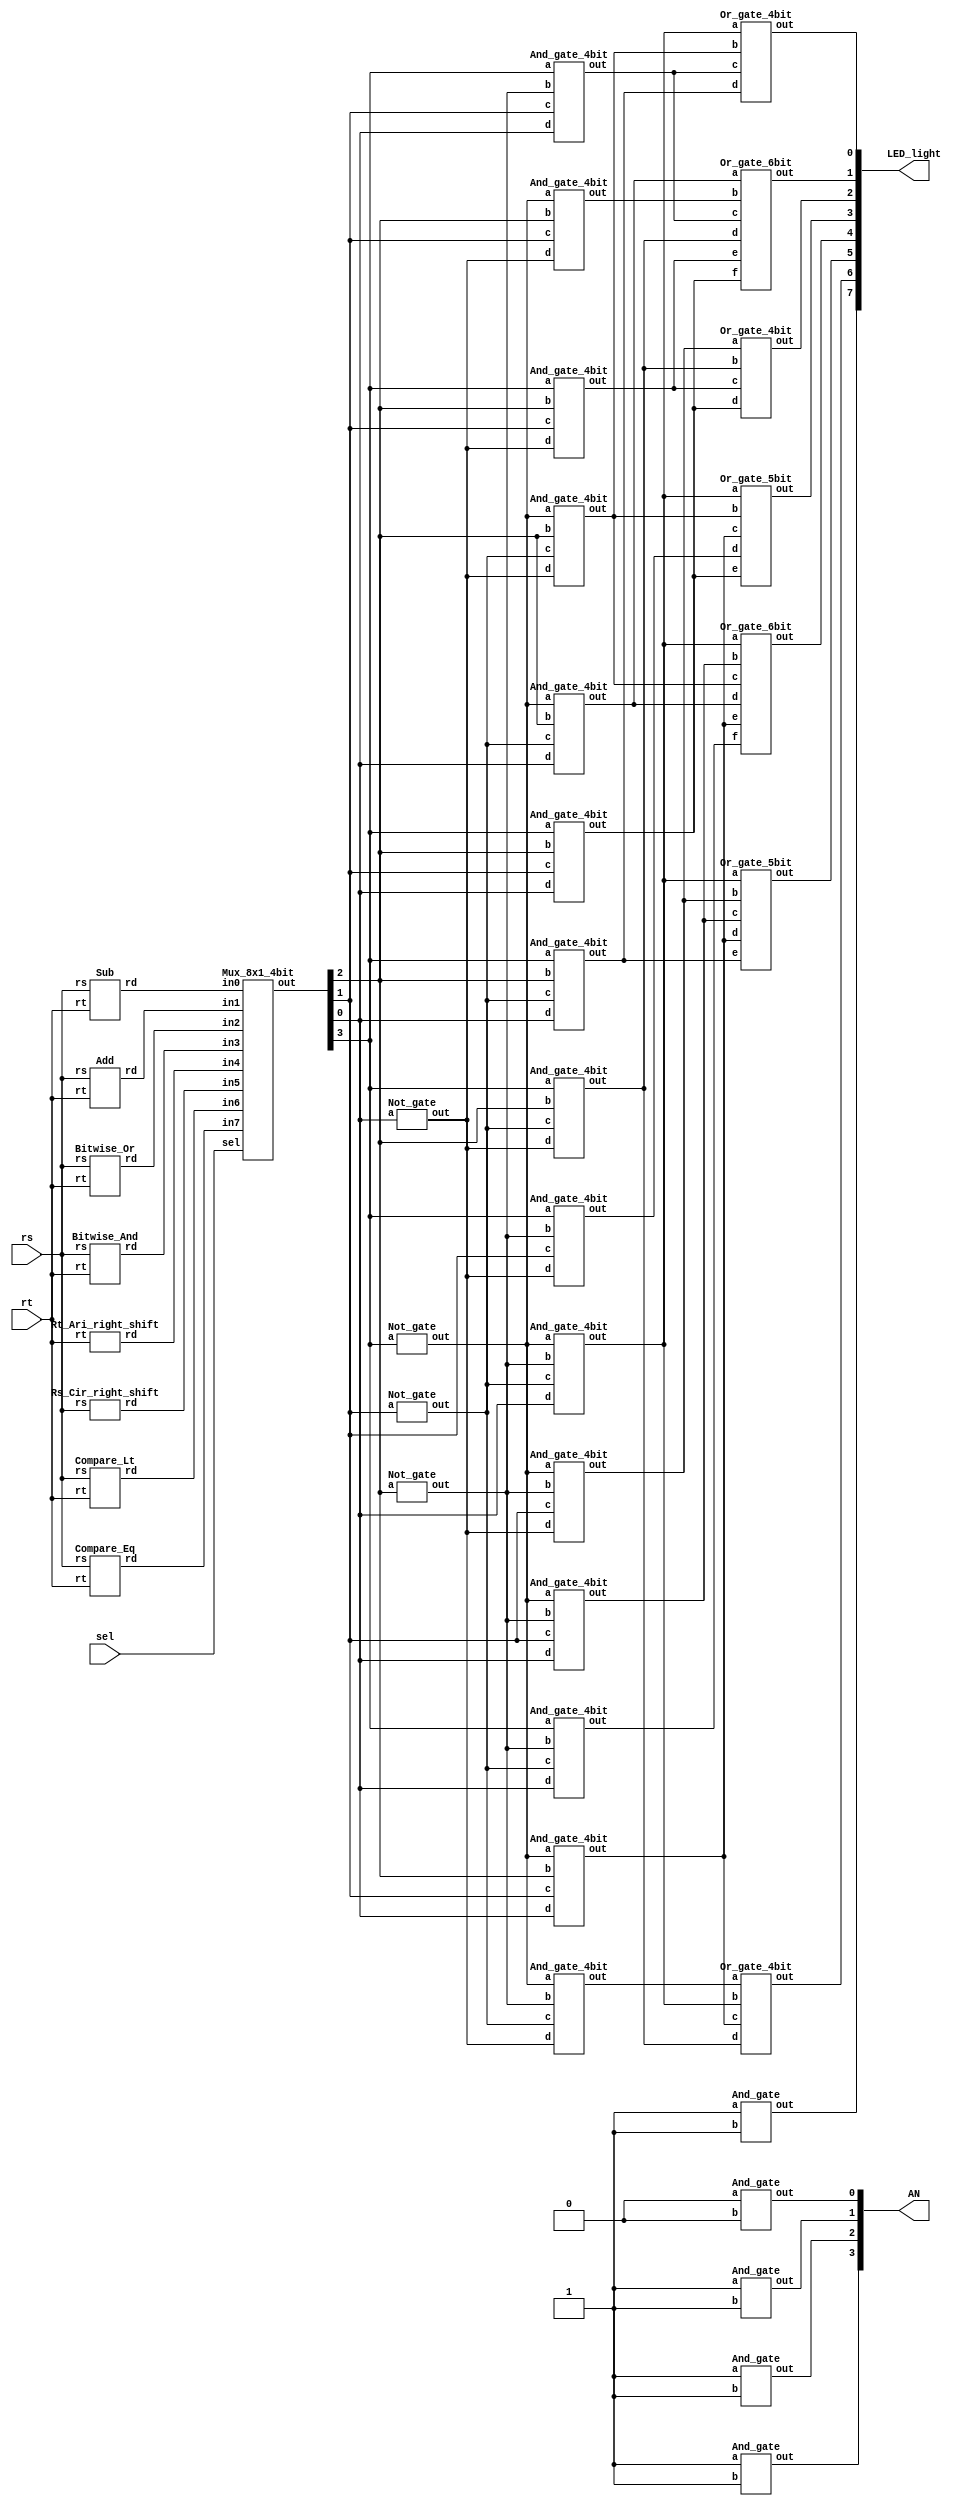
`timescale 1ns/1ps

module Decode_And_Execute(rs, rt, sel, AN, LED_light);
input [4-1:0] rs, rt;
input [3-1:0] sel;
output [8-1:0] LED_light;
output [4-1:0] AN;
wire [4-1:0] rd, n_rd;
wire rd0, rd1, rd2, rd3, rd4, rd5, rd6, rd7;
wire rd8, rd9, rd10, rd11, rd12, rd13, rd14, rd15;
wire [4-1:0] func0, func1, func2, func3;
wire [4-1:0] func4, func5, func6, func7;
//for function
Sub f0(rs, rt, func0);
Add f1(rs, rt, func1);
Bitwise_Or f2(rs, rt, func2);
Bitwise_And f3(rs, rt, func3);
Rt_Ari_right_shift f4(rt, func4);
Rs_Cir_right_shift f5(rs, func5);
Compare_Lt f6(rs, rt, func6);
Compare_Eq f7(rs, rt, func7);

Mux_8x1_4bit m0(func0, func1, func2, func3, func4, func5, func6, func7, sel, rd);
//for FPGA
//AN 0-->light up
And_gate a0(AN[0], 1'b0, 1'b0);
And_gate a1(AN[1], 1'b1, 1'b1);
And_gate a2(AN[2], 1'b1, 1'b1);
And_gate a3(AN[3], 1'b1, 1'b1);
//use rd as 4 bit selecter
Not_gate n0(n_rd[0], rd[0]);
Not_gate n1(n_rd[1], rd[1]);
Not_gate n2(n_rd[2], rd[2]);
Not_gate n3(n_rd[3], rd[3]);
And_gate_4bit a4(rd0, n_rd[3], n_rd[2], n_rd[1], n_rd[0]);//0000
And_gate_4bit a5(rd1, n_rd[3], n_rd[2], n_rd[1], rd[0]);  //0001
And_gate_4bit a6(rd2, n_rd[3], n_rd[2], rd[1], n_rd[0]);  //0010
And_gate_4bit a7(rd3, n_rd[3], n_rd[2], rd[1], rd[0]);    //0011
And_gate_4bit a8(rd4, n_rd[3], rd[2], n_rd[1], n_rd[0]);  //0100
And_gate_4bit a9(rd5, n_rd[3], rd[2], n_rd[1], rd[0]);    //0101
And_gate_4bit a10(rd6, n_rd[3], rd[2], rd[1], n_rd[0]);    //0110
And_gate_4bit a11(rd7, n_rd[3], rd[2], rd[1], rd[0]);      //0111
And_gate_4bit a12(rd8, rd[3], n_rd[2], n_rd[1], n_rd[0]);  //1000
And_gate_4bit a13(rd9, rd[3], n_rd[2], n_rd[1], rd[0]);    //1001
And_gate_4bit a14(rd10, rd[3], n_rd[2], rd[1], n_rd[0]);    //1010
And_gate_4bit a15(rd11, rd[3], n_rd[2], rd[1], rd[0]);      //1011
And_gate_4bit a16(rd12, rd[3], rd[2], n_rd[1], n_rd[0]);    //1100
And_gate_4bit a17(rd13, rd[3], rd[2], n_rd[1], rd[0]);      //1101
And_gate_4bit a18(rd14, rd[3], rd[2], rd[1], n_rd[0]);      //1110
And_gate_4bit a19(rd15, rd[3], rd[2], rd[1], rd[0]);        //1111
//LED light[0] == CA
Or_gate_4bit o0(LED_light[0], rd1, rd4, rd11, rd13);
Or_gate_6bit o1(LED_light[1], rd5, rd6, rd11, rd12, rd14, rd15);
Or_gate_4bit o2(LED_light[2], rd2, rd12, rd14, rd15);
Or_gate_5bit o3(LED_light[3], rd1, rd4, rd7, rd10, rd15);
Or_gate_6bit o4(LED_light[4], rd1, rd3, rd4, rd5, rd7, rd9);
Or_gate_5bit o5(LED_light[5], rd1, rd2, rd3, rd7, rd13);
Or_gate_4bit o6(LED_light[6], rd0, rd1, rd7, rd12);
And_gate a20(LED_light[7], 1'b1, 1'b1);
endmodule

module Sub(rs, rt, rd);
input [4-1:0] rs, rt;
output [4-1:0] rd;
wire [4-1:0] rt_comp;
wire [4-1:0] cout;
Twos_complement c0(rt, rt_comp);
Full_Adder fa0(rs[0], rt_comp[0], 1'b1, cout[0], rd[0]);
Full_Adder fa1(rs[1], rt_comp[1], cout[0], cout[1], rd[1]);
Full_Adder fa2(rs[2], rt_comp[2], cout[1], cout[2], rd[2]);
Full_Adder fa3(rs[3], rt_comp[3], cout[2], cout[3], rd[3]);
endmodule

module Add(rs, rt, rd);
input [4-1:0] rs, rt;
output [4-1:0] rd;
wire [3:0] cout;
Full_Adder fa0(rs[0], rt[0], 1'b0   , cout[0], rd[0]);
Full_Adder fa1(rs[1], rt[1], cout[0], cout[1], rd[1]);
Full_Adder fa2(rs[2], rt[2], cout[1], cout[2], rd[2]);
Full_Adder fa3(rs[3], rt[3], cout[2], cout[3], rd[3]);
endmodule

module Bitwise_Or(rs, rt, rd);
input [4-1:0] rs, rt;
output [4-1:0] rd;
Or_gate o0(rd[0], rs[0], rt[0]);
Or_gate o1(rd[1], rs[1], rt[1]);
Or_gate o2(rd[2], rs[2], rt[2]);
Or_gate o3(rd[3], rs[3], rt[3]);
endmodule

module Bitwise_And(rs, rt, rd);
input [4-1:0] rs, rt;
output [4-1:0] rd;
And_gate a0(rd[0], rs[0], rt[0]);
And_gate a1(rd[1], rs[1], rt[1]);
And_gate a2(rd[2], rs[2], rt[2]);
And_gate a3(rd[3], rs[3], rt[3]);
endmodule

module Rt_Ari_right_shift(rt, rd);
input [4-1:0] rt;
output [4-1:0] rd;
//rd = {rt[3], rt[3:1]}
And_gate a0(rd[0], rt[1], rt[1]);
And_gate a1(rd[1], rt[2], rt[2]);
And_gate a2(rd[2], rt[3], rt[3]);
And_gate a3(rd[3], rt[3], rt[3]);
endmodule

module Rs_Cir_right_shift(rs, rd);
input [4-1:0] rs;
output [4-1:0] rd;
//rs = {rs[2:0], rs[3]}
And_gate a0(rd[0], rs[3], rs[3]);
And_gate a1(rd[1], rs[0], rs[0]);
And_gate a2(rd[2], rs[1], rs[1]);
And_gate a3(rd[3], rs[2], rs[2]);
endmodule

module Compare_Lt(rs, rt, rd);
input [4-1:0] rs, rt;
output [4-1:0] rd;
wire [4-1:0] x;
wire [4-1:0] n_rs, temp; 
//rd = {3'b101, rs < rt}
And_gate a1(rd[1], 1'b1, 1'b1);
And_gate a2(rd[2], 1'b0, 1'b0);
And_gate a3(rd[3], 1'b1, 1'b1);
//x[3:0]
Xnor_gate x0(x[0], rs[0], rt[0]);
Xnor_gate x1(x[1], rs[1], rt[1]);
Xnor_gate x2(x[2], rs[2], rt[2]);
Xnor_gate x3(x[3], rs[3], rt[3]);
//n_rs[3:0]
Not_gate n0(n_rs[0], rs[0]);
Not_gate n1(n_rs[1], rs[1]);
Not_gate n2(n_rs[2], rs[2]);
Not_gate n3(n_rs[3], rs[3]);
//temp0 = x3x2x1a0'b0
And_gate_5bit a4(temp0, x[3], x[2], x[1], n_rs[0], rt[0]);
//temp1 = x3x2a1'b1
And_gate_4bit a5(temp1, x[3], x[2], n_rs[1], rt[1]);
//temp2 = x3a2'b2
And_gate_3bit a6(temp2, x[3], n_rs[2], rt[2]);
//temp3 = a3'b3
And_gate a7(temp3, n_rs[3], rt[3]);
//x3x2x1a0'b0 + x3x2a1'b1 + x3a2'b2 + a3'b3
Or_gate_4bit o0(rd[0], temp0, temp1, temp2, temp3);
endmodule

module Compare_Eq(rs, rt, rd);
input [4-1:0] rs, rt;
output [4-1:0] rd;
wire [4-1:0] x;
//rd = {3'b111, rs = rt}
And_gate a1(rd[1], 1'b1, 1'b1);
And_gate a2(rd[2], 1'b1, 1'b1);
And_gate a3(rd[3], 1'b1, 1'b1);

//rs = rt
//xi = aibi + ai'bi'
//a = b iff x3x2x1x0 = 1

//x0
Xnor_gate x0(x[0], rs[0], rt[0]);
//x1
Xnor_gate x1(x[1], rs[1], rt[1]);
//x2
Xnor_gate x2(x[2], rs[2], rt[2]);
//x3
Xnor_gate x3(x[3], rs[3], rt[3]);
//x3x2x1x0
And_gate_4bit a0(rd[0], x[0], x[1], x[2], x[3]);

endmodule

module Mux_8x1_4bit(in0, in1, in2, in3, in4, in5, in6, in7, sel, out);
input [4-1:0] in0, in1, in2, in3, in4, in5, in6, in7;
input [3-1:0] sel;
output [4-1:0] out;
wire n_sel0, n_sel1, n_sel2;
wire [8-1:0] op;
wire [4-1:0] temp0, temp1, temp2, temp3, temp4, temp5, temp6, temp7;
//for op_code
Not_gate n0(n_sel0, sel[0]);
Not_gate n1(n_sel1, sel[1]);
Not_gate n2(n_sel2, sel[2]);
And_gate_3bit a0(op[0], n_sel2, n_sel1, n_sel0);//000
And_gate_3bit a1(op[1], n_sel2, n_sel1, sel[0]);//001
And_gate_3bit a2(op[2], n_sel2, sel[1], n_sel0);//010
And_gate_3bit a3(op[3], n_sel2, sel[1], sel[0]);//011
And_gate_3bit a4(op[4], sel[2], n_sel1, n_sel0);//100
And_gate_3bit a5(op[5], sel[2], n_sel1, sel[0]);//101
And_gate_3bit a6(op[6], sel[2], sel[1], n_sel0);//110
And_gate_3bit a7(op[7], sel[2], sel[1], sel[0]);//111

filter f0(in0, op[0], temp0);
filter f1(in1, op[1], temp1);
filter f2(in2, op[2], temp2);
filter f3(in3, op[3], temp3);
filter f4(in4, op[4], temp4);
filter f5(in5, op[5], temp5);
filter f6(in6, op[6], temp6);
filter f7(in7, op[7], temp7);

Or_gate_8bit o0(out[0], temp0[0], temp1[0], temp2[0], temp3[0], temp4[0], temp5[0], temp6[0], temp7[0]);
Or_gate_8bit o1(out[1], temp0[1], temp1[1], temp2[1], temp3[1], temp4[1], temp5[1], temp6[1], temp7[1]);
Or_gate_8bit o2(out[2], temp0[2], temp1[2], temp2[2], temp3[2], temp4[2], temp5[2], temp6[2], temp7[2]);
Or_gate_8bit o3(out[3], temp0[3], temp1[3], temp2[3], temp3[3], temp4[3], temp5[3], temp6[3], temp7[3]);
endmodule

module filter(in, sel, out);
input [4-1:0]in;
input sel;
output [4-1:0] out;

And_gate a0(out[0], sel, in[0]);
And_gate a1(out[1], sel, in[1]);
And_gate a2(out[2], sel, in[2]);
And_gate a3(out[3], sel, in[3]);
endmodule

module Twos_complement(in, out);
input [4-1:0] in;
output [4-1:0] out;
Not_gate n0(out[0], in[0]);
Not_gate n1(out[1], in[1]);
Not_gate n2(out[2], in[2]);
Not_gate n3(out[3], in[3]);
endmodule



module Full_Adder (a, b, cin, cout, sum);
input a, b, cin;
output cout, sum;
wire temp;
//sum = a xor b xor cin
Xor_gate o0(temp, a, b);
Xor_gate o1(sum, temp, cin);
//cout = ab + bc + ac
Majority m0(a, b, cin, cout);
endmodule

module Majority(a, b, c, out);
input a, b, c;
output out;
wire a_and_b, b_and_c, a_and_c;
wire ab_or_ac;
And_gate a0(a_and_b, a, b);
And_gate a1(b_and_c, b, c);
And_gate a2(a_and_c, a, c);
Or_gate o0(ab_or_ac, a_and_b, a_and_c);
Or_gate o1(out, ab_or_ac, b_and_c);
endmodule

module And_gate(out, a, b);
input a, b;
output out;
wire a_and_nb;
Universal_Gate u0(a, b, a_and_nb);
Universal_Gate u1(a, a_and_nb, out);
endmodule

module Or_gate(out, a, b);
input a, b;
output out;
wire n_a, n_b;
wire na_and_nb;
Not_gate n0(n_a, a);
Not_gate n1(n_b, b);
And_gate a0(na_and_nb, n_a, n_b);
Not_gate n2(out, na_and_nb);
endmodule

module Not_gate(out, a);
input a;
output out;
Universal_Gate u0(1'b1, a, out);
endmodule

module Xnor_gate(out, a, b);
input a, b;
output out;
wire n_a, n_b;
wire na_b, a_nb;
wire a_xor_b;
//a xor b = a'b + ab'
Not_gate n0(n_a, a);
Not_gate n1(n_b, b);
And_gate a0(na_b, n_a, b);
And_gate a1(a_nb, a, n_b);
Or_gate o0(a_xor_b, na_b, a_nb);
Not_gate n2(out, a_xor_b);
endmodule

module Xor_gate(out, a, b);
input a, b;
output out;
wire n_a, n_b;
wire na_b, a_nb;
//a xor b = a'b + ab'
Not_gate n0(n_a, a);
Not_gate n1(n_b, b);
And_gate a0(na_b, n_a, b);
And_gate a1(a_nb, a, n_b);
Or_gate o0(out, na_b, a_nb);
endmodule

module And_gate_3bit(out, a, b, c);
input a, b, c;
output out;
wire a_and_b;
And_gate a0(a_and_b, a, b);
And_gate a1(out, c, a_and_b);
endmodule

module And_gate_4bit(out, a, b, c, d);
input a, b, c, d;
output out;
wire ab, abc;
And_gate a0(ab, a, b);
And_gate a1(abc, c, ab);
And_gate a2(out, d, abc);
endmodule

module Or_gate_4bit(out, a, b, c, d);
input a, b, c, d;
output out;
wire ab, abc;
Or_gate o0(ab, a, b);
Or_gate o1(abc, c, ab);
Or_gate o2(out, d, abc);
endmodule

module Or_gate_5bit(out, a, b, c, d, e);
input a, b, c, d, e;
output out;
wire ab, abc, abcd;
Or_gate o0(ab, a, b);
Or_gate o1(abc, c, ab);
Or_gate o2(abcd, d, abc);
Or_gate o4(out, abcd, e);
endmodule

module Or_gate_6bit(out, a, b, c, d, e, f);
input a, b, c, d, e, f;
output out;
wire ab, abc, abcd, ef;
Or_gate o0(ab, a, b);
Or_gate o1(abc, c, ab);
Or_gate o2(abcd, d, abc);
Or_gate o3(ef, e, f);
Or_gate o4(out, abcd, ef);
endmodule

module And_gate_5bit(out, a, b, c, d, e);
input a, b, c, d, e;
output out;
wire ab, abc, abcd;
And_gate a0(ab, a, b);
And_gate a1(abc, c, ab);
And_gate a2(abcd, d, abc);
And_gate a3(out, e, abcd);
endmodule

module Or_gate_8bit(out, a, b, c, d, e, f, g, h);
input a, b, c, d, e, f, g, h;
output out;
wire ab, abc, abcd, abcde, abcdef, abcdefg;
Or_gate o0(ab, a, b);
Or_gate o1(abc, c, ab);
Or_gate o2(abcd, d, abc);
Or_gate o3(abcde, e, abcd);
Or_gate o4(abcdef, f, abcde);
Or_gate o5(abcdefg, g, abcdef);
Or_gate o6(out, h, abcdefg);
endmodule

module Universal_Gate(a, b, out);
input a, b;
output out;
wire n_b;
not n0(n_b, b);
and a0(out, a, n_b);
endmodule